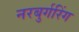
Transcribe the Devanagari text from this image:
नरबुर्गरिंग